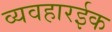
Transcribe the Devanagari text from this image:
व्यवहारईक